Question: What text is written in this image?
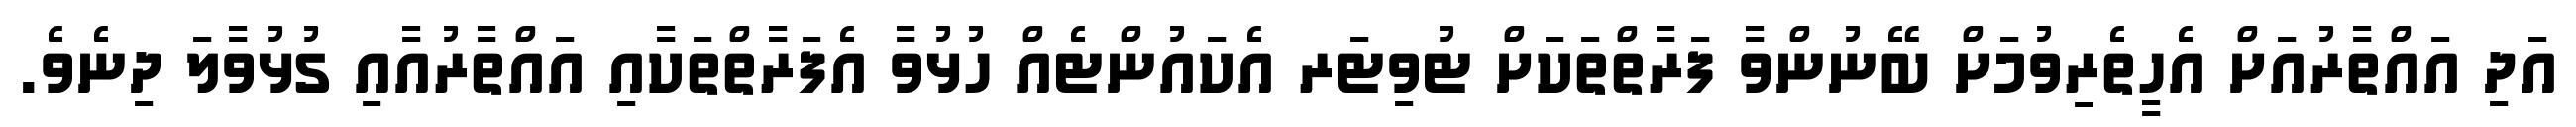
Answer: އަދި އައްތާރުއަށް އެހީތެރިވުމަށް ބޭނުންވާ ފަރާތްތަކަށް ޓުވިޓަރ އެކައުންޓެއް ހުޅުވާ އެފަރާތްތަކާއި އައްތާރުއާއި ގުޅުވާލަ ދިނެވެ.